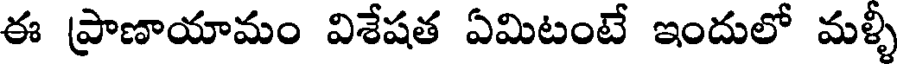
ఈ ప్రాణాయామం విశేషత ఏమిటంటే ఇందులో మళ్ళీ